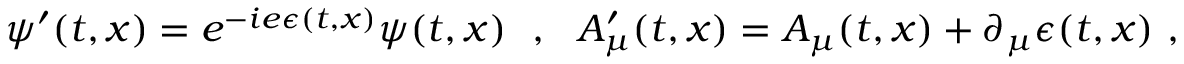
\psi ^ { \prime } ( t , x ) = e ^ { - i e \epsilon ( t , x ) } \psi ( t , x ) \ \ , \ \ A _ { \mu } ^ { \prime } ( t , x ) = A _ { \mu } ( t , x ) + \partial _ { \mu } \epsilon ( t , x ) \ ,